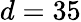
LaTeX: d=35